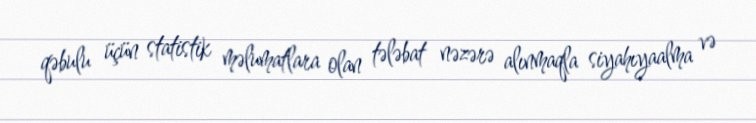
qəbulu üçün statistik məlumatlara olan tələbat nəzərə alınmaqla siyahıyaalma və